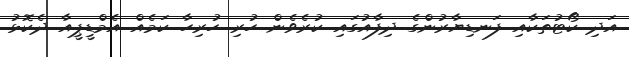
އަދި ކޯޓުތަކާއި ފަނޑިޔާރުންގެ ދިފާއުގައި ކުރެވެން ހުރި ހުރިހާ ކަމެއް އެމްޑީޕީއާ ދެކޮޅު